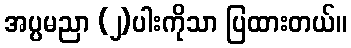
အပ္ပမညာ (၂)ပါးကိုသာ ပြထားတယ်။